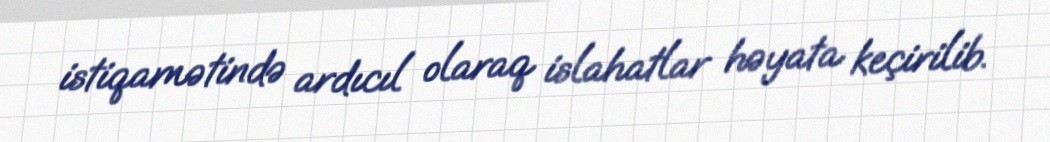
istiqamətində ardıcıl olaraq islahatlar həyata keçirilib.